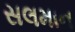
સલમાન